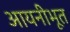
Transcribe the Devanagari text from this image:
आयनीभूत